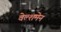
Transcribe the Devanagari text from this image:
वेल्शमेन